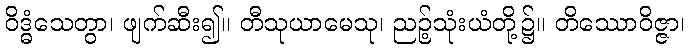
ဝိဒ္ဓံသေတွာ၊ ဖျက်ဆီး၍။ တီသုယာမေသု၊ ညဉ့်သုံးယံတို့၌။ တိဿောဝိဇ္ဇာ၊